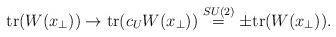
LaTeX: \begin{align*}\mbox{tr}(W(x_{\perp})) \rightarrow \mbox{tr}(c_{U} W(x_{\perp}))\stackrel{SU(2)}{=} \pm \mbox{tr}(W(x_{\perp})) .\end{align*}